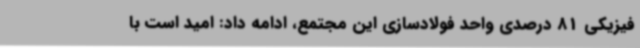
فیزیکی 81 درصدی واحد فولادسازی این مجتمع، ادامه داد: امید است با